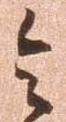
令